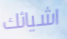
اشيائك